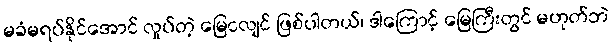
မခံမရပ်နိုင်အောင် လှုပ်တဲ့ မြေငလျင် ဖြစ်ပါတယ်၊ ဒါကြောင့် မြေကြီးတွင် မဟုတ်ဘဲ